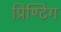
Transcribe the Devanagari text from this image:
प्रिण्टिग